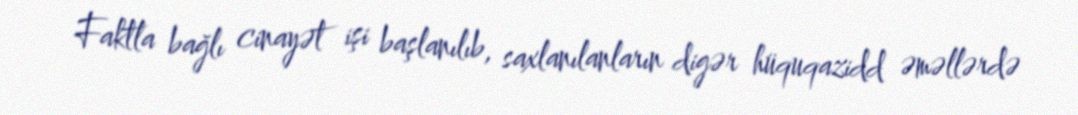
Faktla bağlı cinayət işi başlanılıb, saxlanılanların digər hüquqazidd əməllərdə